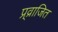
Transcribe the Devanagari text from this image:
प्र्व्राजित